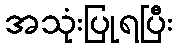
အသုံးပြုရပြီး